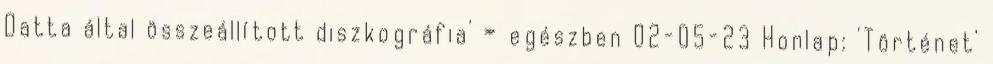
Datta által összeállított diszkográfia' » egészben 02-05-23 Honlap: 'Történet'